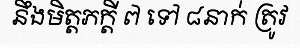
នឹងមិត្តភក្តី ៧ ទៅ ៨នាក់ ត្រូវ